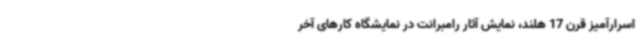
اسرارآمیز قرن 17 هلند، نمایش آثار رامبرانت در نمایشگاه کارهای آخر